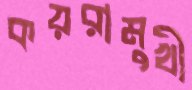
কয়রামুখী